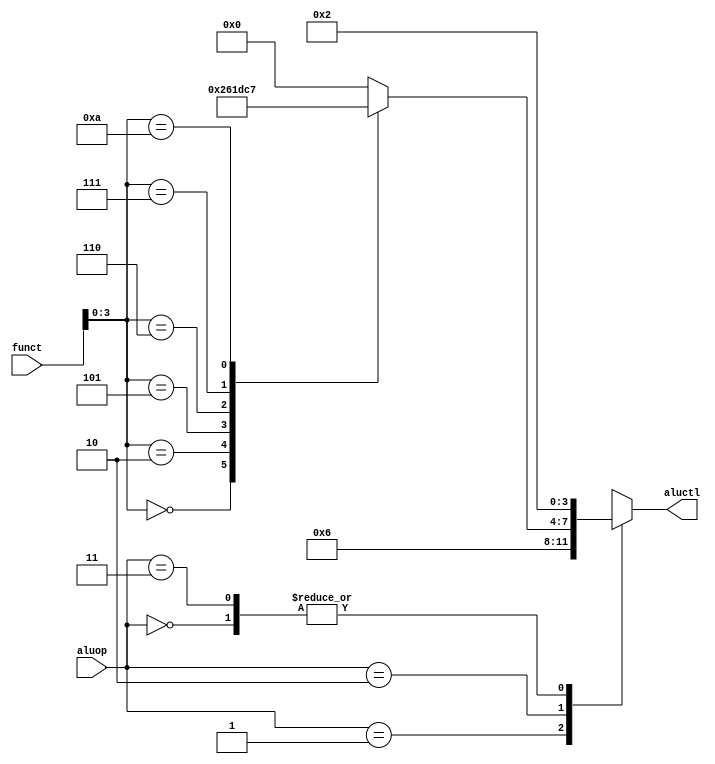
`ifndef _alu_control
`define _alu_control

module alu_control(funct, aluop, aluctl);

	input wire [5:0] funct;
	input wire [1:0] aluop;
	output reg [3:0] aluctl;

	reg [3:0] _funct = 4'd0;

	always @(*) begin
		case(funct[3:0])
			4'd0:  _funct = 4'd2;
			4'd2:  _funct = 4'd6;
			4'd5:  _funct = 4'd1;
			4'd6:  _funct = 4'hd;
			4'd7:  _funct = 4'hc;
			4'd10: _funct = 4'd7;
			default: _funct = 4'd0;
		endcase
	end

	always @(*) begin
		case(aluop)
			2'd0: aluctl = 4'd2;
			2'd1: aluctl = 4'd6;
			2'd2: aluctl = _funct;
			2'd3: aluctl = 4'd2;
			default: aluctl = 0;
		endcase
	end

endmodule

`endif